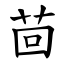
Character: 茴